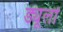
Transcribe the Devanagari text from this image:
ड्यूलों